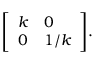
{ \left[ \begin{array} { l l } { k } & { 0 } \\ { 0 } & { 1 / k } \end{array} \right] } .